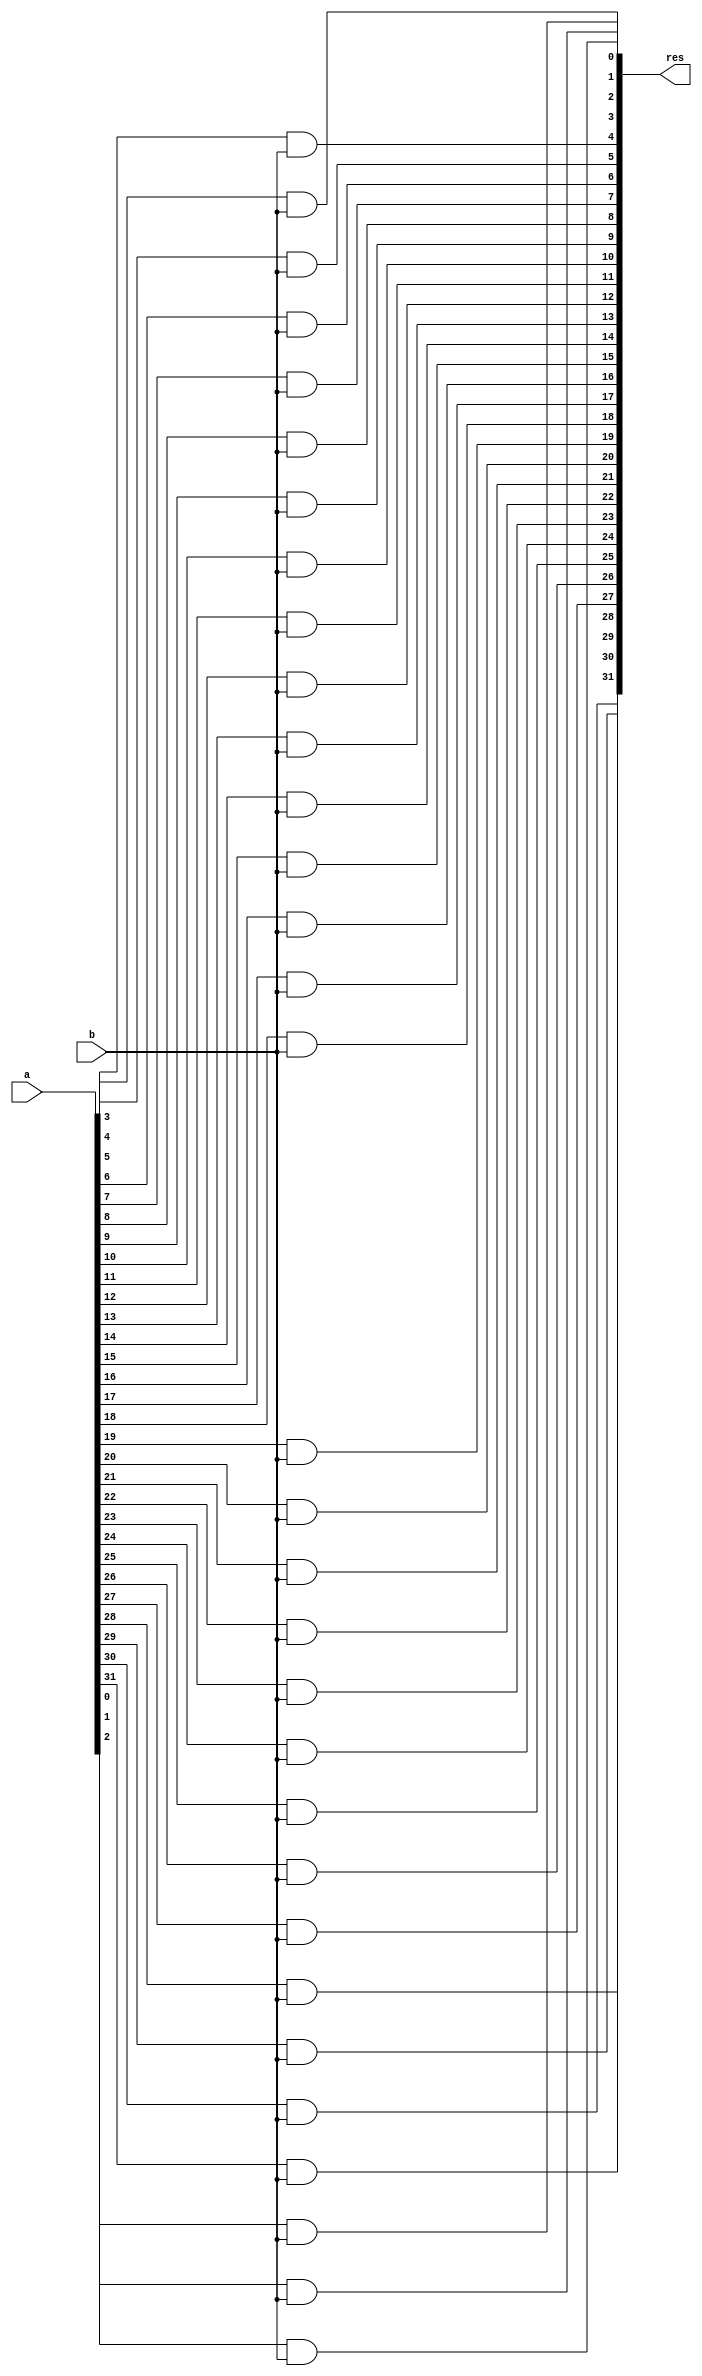
module PPG(res, a, b);

input [31:0] a;
input b;
output [31:0] res;

and and0(res[0], a[0], b);
and and1(res[1], a[1], b);
and and2(res[2], a[2], b);
and and3(res[3], a[3], b);
and and4(res[4], a[4], b);
and and5(res[5], a[5], b);
and and6(res[6], a[6], b);
and and7(res[7], a[7], b);

and and8(res[8], a[8], b);
and and9(res[9], a[9], b);
and and10(res[10], a[10], b);
and and11(res[11], a[11], b);
and and12(res[12], a[12], b);
and and13(res[13], a[13], b);
and and14(res[14], a[14], b);
and and15(res[15], a[15], b);

and and16(res[16], a[16], b);
and and17(res[17], a[17], b);
and and18(res[18], a[18], b);
and and19(res[19], a[19], b);
and and20(res[20], a[20], b);
and and21(res[21], a[21], b);
and and22(res[22], a[22], b);
and and23(res[23], a[23], b);

and and24(res[24], a[24], b);
and and25(res[25], a[25], b);
and and26(res[26], a[26], b);
and and27(res[27], a[27], b);
and and28(res[28], a[28], b);
and and29(res[29], a[29], b);
and and30(res[30], a[30], b);
and and31(res[31], a[31], b);

endmodule